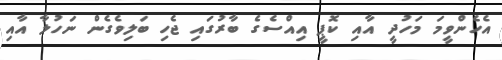
އެހެންވީމަ މަހުދީ އާއި ކޮޕީ އިއްސެގެ ބާރުގައި ޖެހި ބަލިވެގެން ނަހުލާ އާއި